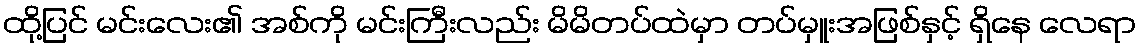
ထို့ပြင် မင်းလေး၏ အစ်ကို မင်းကြီးလည်း မိမိတပ်ထဲမှာ တပ်မှူးအဖြစ်နှင့် ရှိနေ လေရာ